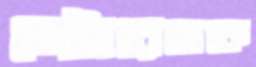
স্টোরেজকে